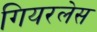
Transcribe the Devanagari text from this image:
गियरलेस